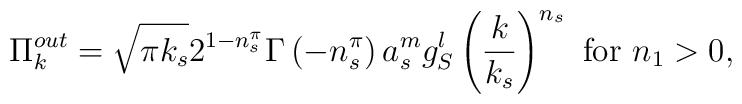
\Pi_{k}^{out}=\sqrt{\pi k_s} 2^{1-n_s^\pi }\Gamma \left( -n_s^\pi\right) a_s^mg_S^l\left( \frac k{k_s}\right) ^{n_s} \hbox { for } n_1>0,